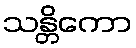
သန္တိကော